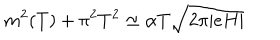
LaTeX: m ^ { 2 } ( T ) + \pi ^ { 2 } T ^ { 2 } \simeq \alpha T \sqrt { 2 \pi | e H | }